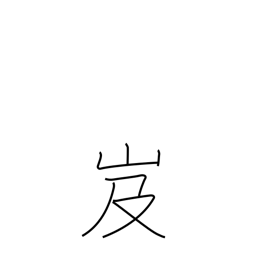
Meaning: dangerous